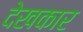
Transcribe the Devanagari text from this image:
देखकार